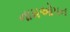
નામઓપન